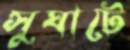
সুঘাটে